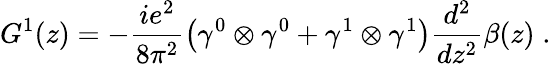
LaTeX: G^{1}(z)=-\frac{ie^{2}}{8\pi^{2}}\left(\gamma^{0}\otimes\gamma^{0}+\gamma^{1}\otimes\gamma^{1}\right)\frac{d^{2}}{dz^{2}}\beta(z)\; .